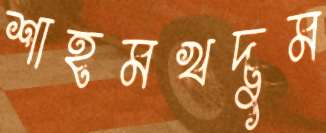
শাহমখদুম